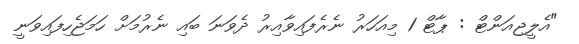
"އެލީޖިއަންޓް : ޕާޓް 1 މިއަހަރު ނެރެފައިވާއިރު ދެވަނަ ބައި ނެރުމަށް ހަމަޖެހިފައިވަނީ